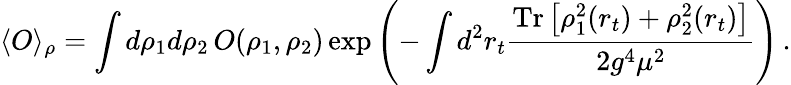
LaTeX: \langle O\rangle_{\rho}=\int d\rho_{1}d\rho_{2}\, O(\rho_{1},\rho_{2})\exp\left(-\int d^{2}r_{t}{\frac{\mathrm{Tr}\left[\rho_{1}^{2}(r_{t})+\rho_{2}^{2}(r_{t})\right]}{2g^{4}\mu^{2}}}\right)\, .